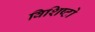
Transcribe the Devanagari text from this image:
विशिष्टो